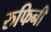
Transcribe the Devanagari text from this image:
रुफिनी